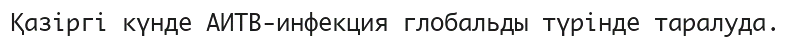
Қазіргі күнде АИТВ-инфекция глобальды түрінде таралуда.